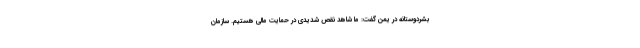
بشردوستانه در یمن گفت: ما شاهد نقص شدیدی در حمایت مالی هستیم. سازمان